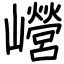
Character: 巆